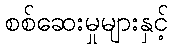
စစ်ဆေးမှုများနှင့်